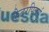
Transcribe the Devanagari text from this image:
कैटरपिलर्स